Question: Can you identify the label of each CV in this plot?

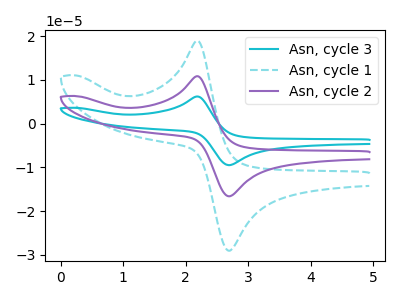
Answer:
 <answer>The cyan curve is labeled "Asn, cycle 3". The cyan dashed curve is labeled "Asn, cycle 1". The purple curve is labeled "Asn, cycle 2".</answer>
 <eval></eval>